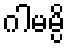
ဂါမမ္ပိ